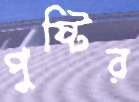
পুষ্টির